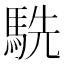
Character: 駪